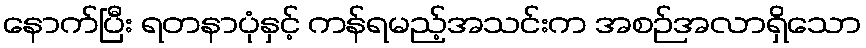
နောက်ပြီး ရတနာပုံနှင့် ကန်ရမည့်အသင်းက အစဉ်အလာရှိသော